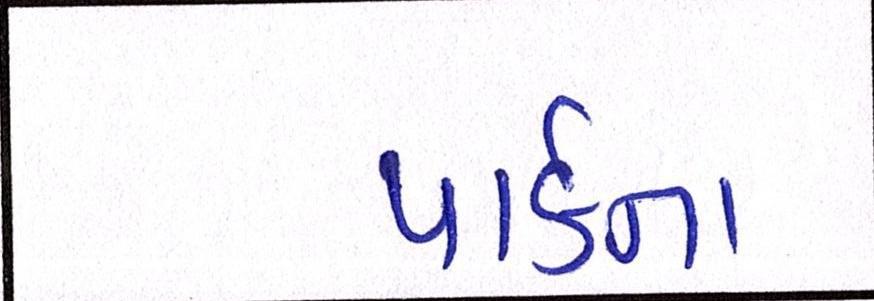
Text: પાર્કના